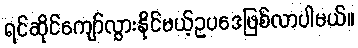
ရင်ဆိုင်ကျော်လွှားနိုင်မယ့်ဥပဒေဖြစ်လာပါမယ်။